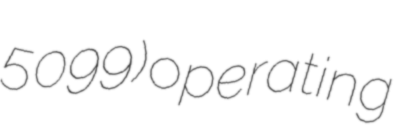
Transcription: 5099) operating